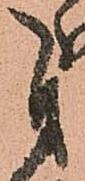
自